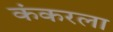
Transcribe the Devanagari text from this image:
कंकरला